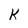
Character: k